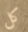
كل